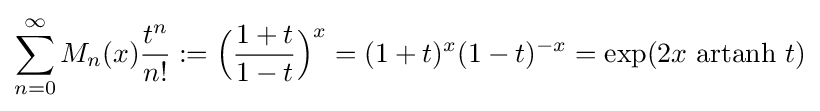
\displaystyle \sum _{n=0}^{\infty }M_{n}(x){\frac {t^{n}}{n!}}:={\Bigl (}{\frac {1+t}{1-t}}{\Bigr )}^{x}=(1+t)^{x}(1-t)^{-x}=\exp(2x{\text{ artanh }}t)